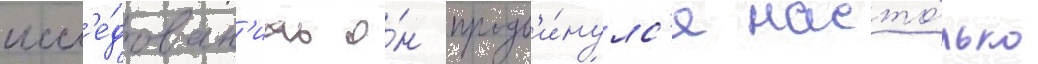
иссл'е́дован'иах о́н продв'и́нулс'я насто́лько